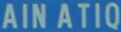
AINATIQ